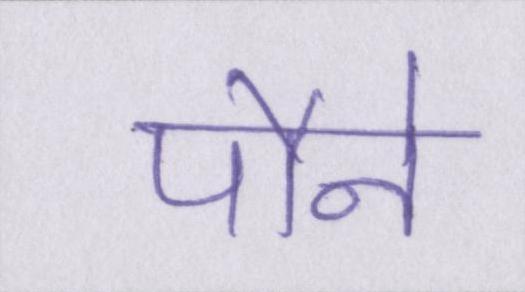
पौने